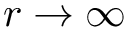
r \to \infty